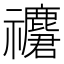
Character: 𥜮